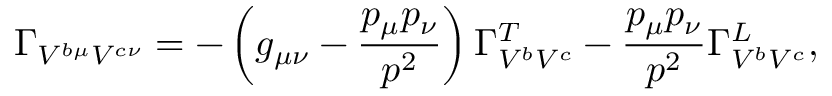
\Gamma _ { V ^ { b \mu } V ^ { c \nu } } = - \left( g _ { \mu \nu } - \frac { p _ { \mu } p _ { \nu } } { p ^ { 2 } } \right) \Gamma _ { V ^ { b } V ^ { c } } ^ { T } - \frac { p _ { \mu } p _ { \nu } } { p ^ { 2 } } \Gamma _ { V ^ { b } V ^ { c } } ^ { L } ,